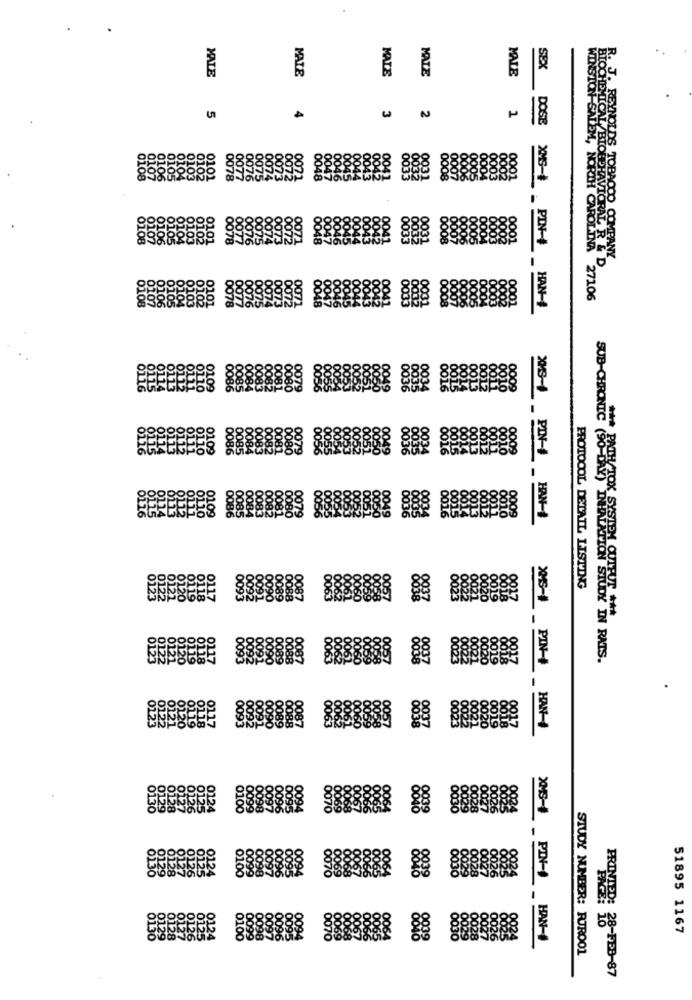
MALE
MATE
MALE
MNIE
SEX
MATE
5
1
DOSE
HEMICAL/BLOG
08
XMS-+
R. J. REYNOLDS TOBACCO COMPANY
.-
HAVICRAL R & D
WINSTON -SALEM, NORTH CAROLINA 27106
HAN-4
SUB-CHRONIC KISSES
PROTOCOL DETAIL LISTING
IRIADAGTON STUDY IN RATS.
HAN-
51895 1167
XMS- PIN- HAN-4
STUDY NUMBER: RJROO1
PRINTER: 28-FEB-87